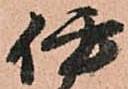
伊